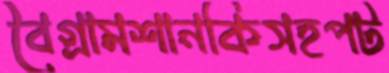
বৈগ্রামশানকিসহপট